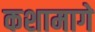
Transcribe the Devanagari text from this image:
कशामागे